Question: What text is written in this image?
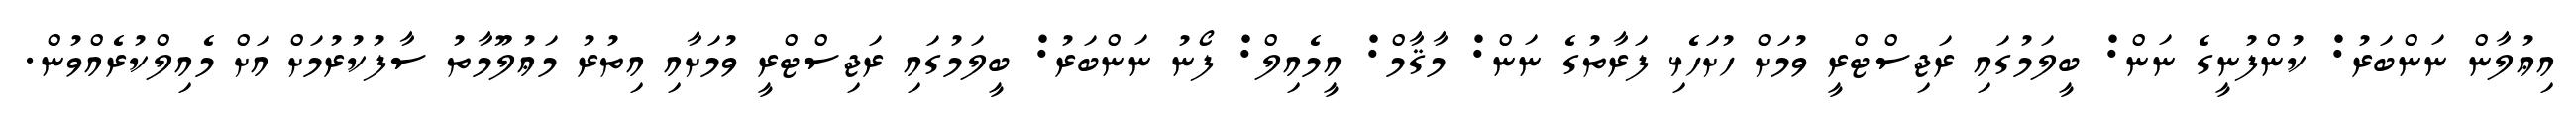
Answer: އިޢުލާން ނަންބަރު: ކުންފުނީގެ ނަން: ބީލަމުގައި ރަޖިސްޓްރީ ވުމަށް ހުށަހެޅި ފަރާތުގެ ނަން: މާޤާމް: އީމެއިލް: ފޯނު ނަންބަރު: ބީލަމުގައި ރަޖިސްޓްރީ ވުމަށާއި އިތުރު މަޢުލޫމާތު ސާފުކުރުމަށް އަށް މެއިލްކުރެއްވުން.